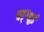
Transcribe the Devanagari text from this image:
चङ्ग्शुई